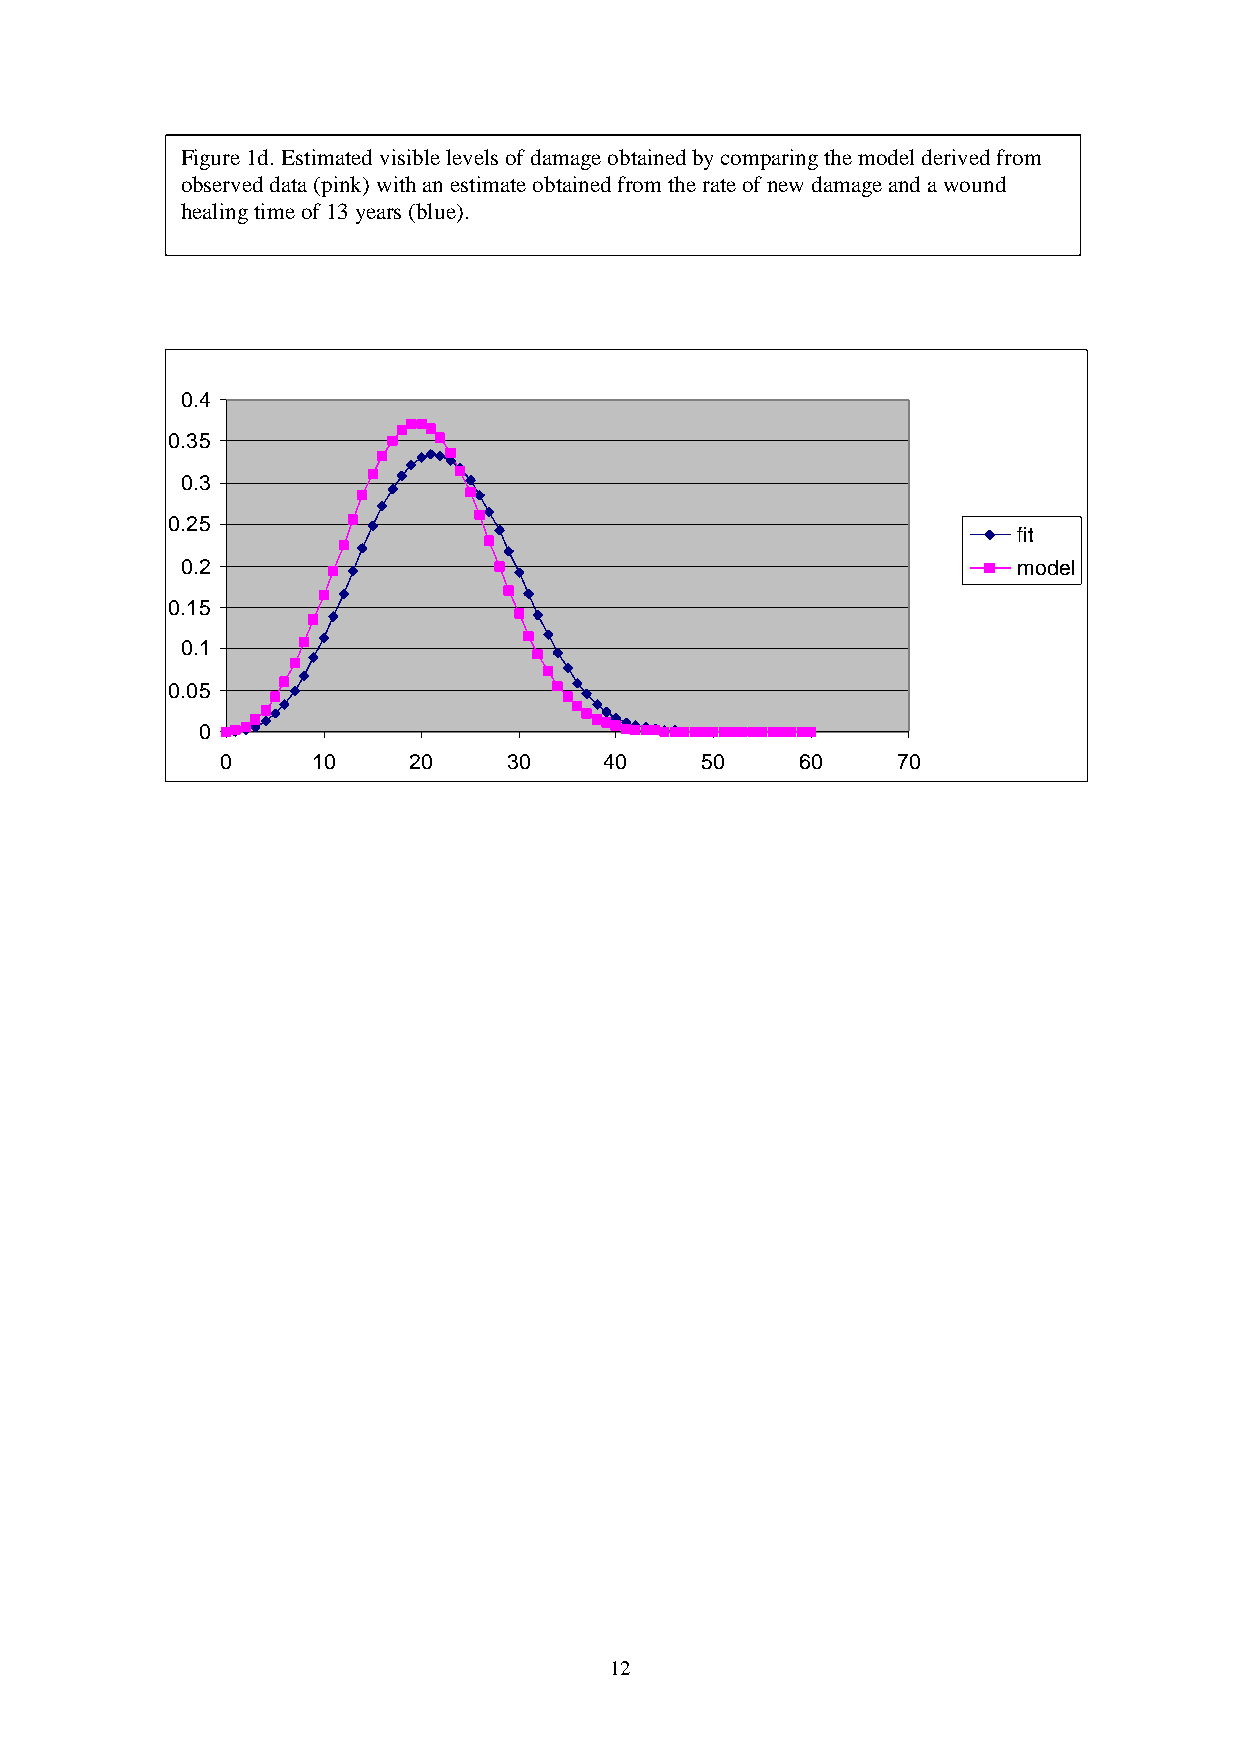
Figure 1d. Estimated visible levels of damage obtained by comparing the model derived from
 observed data (pink) with an estimate obtained from the rate of new damage and a wound
 healing time of 13 years (blue).
 0.4
 0.35
 0.3
 0.25
 fit
 0.2                                                    model
 0.15
 0.1
 0.05
 0
 0     10    20     30    40    50     60    70
 12